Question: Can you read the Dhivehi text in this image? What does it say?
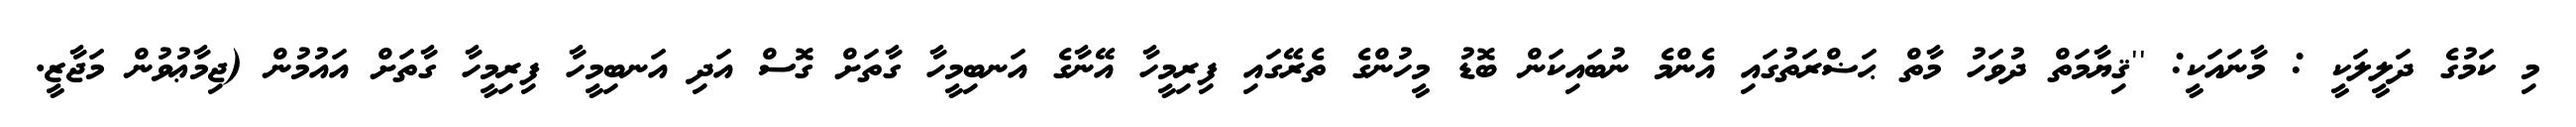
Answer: މި ކަމުގެ ދަލީލަކީ : މާނައަކީ: ''ޤިޔާމަތް ދުވަހު މާތް ޙަޟްރަތުގައި އެންމެ ނުބައިކަން ބޮޑު މީހުންގެ ތެރޭގައި ފިރިމީހާ އޭނާގެ އަނބިމީހާ ގާތަށް ގޮސް އަދި އަނބިމީހާ ފިރިމީހާ ގާތަށް އައުމުން (ޖިމާޢުވުން މަޖާޒީ.